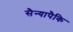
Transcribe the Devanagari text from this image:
सैन्यापैकि